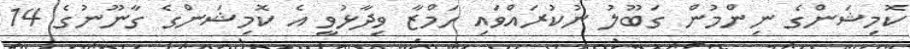
ކޮމިޝަންގެ ނިންމުން ގަބޫލު ނުކުރައްވައި ހަމްޒާ ވިދާޅުވީ އެ ކޮމިޝަންގެ ގާނޫނުގެ 14